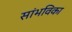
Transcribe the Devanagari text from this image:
सांभविका